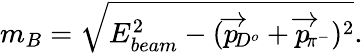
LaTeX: m_{B}=\sqrt{E_{beam}^{2}-(\overrightarrow{p}\! _{D^{o}}+\overrightarrow{p}\! _{\pi^{-}})^{2}}.